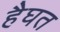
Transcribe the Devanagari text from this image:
हैघत